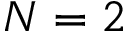
N = 2